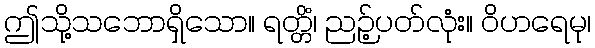
ဤသို့သဘောရှိသော။ ရတ္တိံ၊ ညဉ့်ပတ်လုံး။ ဝိဟရေမု၊